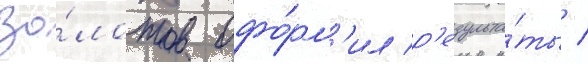
Зо́лотов офо́рм'ил р'езульта́ты /